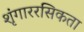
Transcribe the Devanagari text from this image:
शृंगाररसिकता